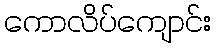
ကောလိပ်ကျောင်း